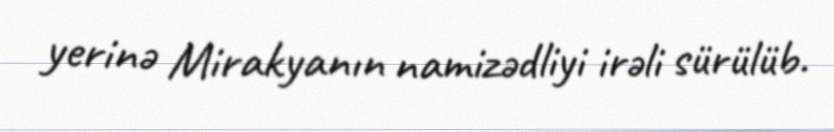
yerinə Mirakyanın namizədliyi irəli sürülüb.